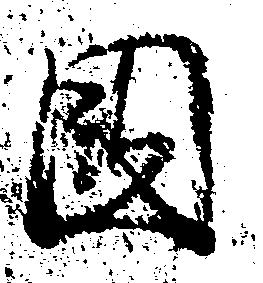
国